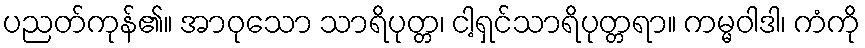
ပညတ်ကုန်၏။ အာဝုသော သာရိပုတ္တ၊ ငါ့ရှင်သာရိပုတ္တရာ။ ကမ္မဝါဒါ၊ ကံကို